Medical and sanitary report of the native army of Madras for the year
Year: 1872
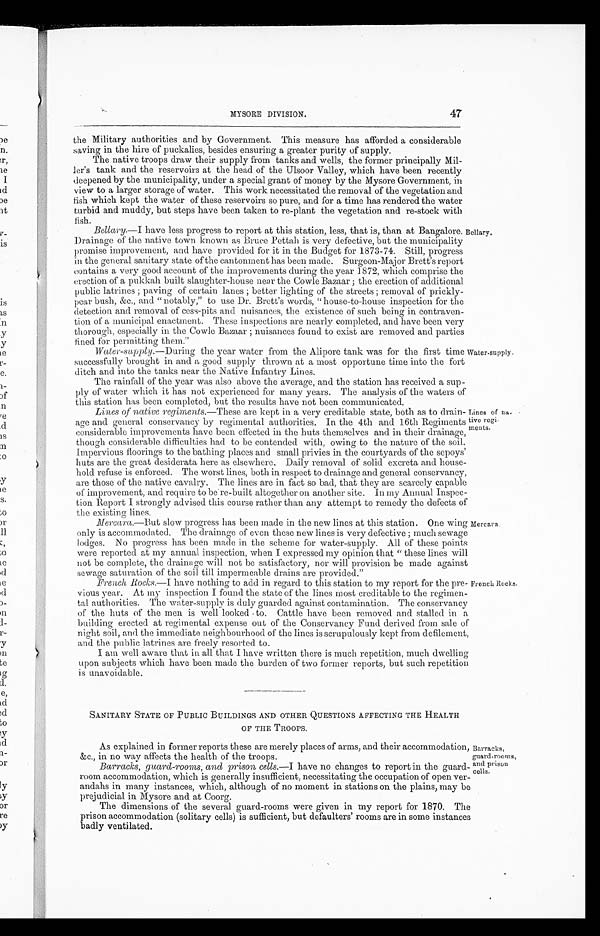
47
MYSORE DIVISION.
the Military authorities and by Government. This measure has afforded a considerable
saving in the hire of puckalies, besides ensuring a greater purity of supply.
The native troops draw their supply from tanks and wells, the former principally Mil
-ler's tank and the reservoirs at the head of the Ulsoor Valley, which have been recently
deepened by the municipality, under a special grant of money by the Mysore Government, in
view to a larger storage of water. This work necessitated the removal of the vegetation and
fish which kept the water of these reservoirs so pure, and for a time has rendered the water
turbid and muddy, but steps have been taken to re-plant the vegetation and re-stock with
fish.
Bellary.—I
have less progress to report at this station, less, that is, than at Bangalore.
Drainage of the native town known as Bruce Pettah is very defective, but the municipality
promise improvement, and have provided for it in the Budget for 1873-74. Still, progress
in the general sanitary state of the cantonment has been made. Surgeon-Major Brett's report
contains a very good account of the improvements during the year 1872, which comprise the
erection of a pukkah built slaughter-house near the Cowle Bazaar; the erection of additional
public latrines; paving of certain lanes; better lighting of the streets; removal of prickly
-pear bush, &c., and " notably," to use Dr. Brett's words, " house-to-house inspection for the
detection and removal of cess-pits and nuisances, the existence of such being in contraven
-tion of a municipal enactment. These inspections are nearly completed, and have been very
thorough, especially in the Cowle Bazaar; nuisances found to exist are removed and parties
f i n e d f o r p e r m i t t i n g t h e m . "
Bellary.
Water-supply.— During the year water from the Alipore tank was for the first time
successfully brought in and a good supply thrown at a most opportune time into the fort
ditch and into the tanks near the Native Infantry Lines.
The rainfall of the year was also above the average, and the station has received a sup
-ply of water which it has not experienced for many years. The analysis of the waters of
this station has been completed, but the results have not been communicated.
Water-supply.
Lines of n ative regiments.— These are kept in a very creditable state, both as to drain
-age and general conservancy by regimental authorities. In the 4th and 16th Regiments
considerable improvements have been effected in the huts themselves and in their drainage,
though considerable difficulties had to be contended with, owing to the nature of the soil.
Impervious floorings to the bathing places and small privies in the courtyards of the sepoys'
huts are the great desiderata here as elsewhere. Daily removal of solid excreta and house
-hold refuse is enforced. The worst lines, both in respect to drainage and general conservancy,
are those of the native cavalry. The lines are in fact so bad, that they are scarcely capable
of improvement, and require to be re-built altogether on another site. In my Annual Inspec--
tion Report I strongly advised this course rather than any attempt to remedy the defects of
the existing lines.
Mercara. —But slow progress has been made in the new lines at this station. One wing
only is accommodated. The drainage of even these new lines is very defective; much sewage
lodges. No progress has been made in the scheme for water-supply. All of these points
were reported at my annual inspection, when I expressed my opinion that " these lines will
not be complete, the drainage will not be satisfactory, nor will provision be made against
sewage saturation of the soil. till impermeable drains are provided."
Lines of
na-tive regi
-ments.
Mercara.
French Rocks.— I have nothing to add in regard to this station to my report for the pre
-vious year. At my inspection I found the state of the lines most creditable to the regimen--
tal authorities. The water-supply is duly guarded against contamination. The conservancy
of the huts of the men is well looked to. Cattle have been removed and stalled in a
building erected at regimental expense out of the Conservancy Fund derived from sale of
night soil, and the immediate neighbourhood of the lines is scrupulously kept from defilement,
and the public latrines
are freely resorted to.
I am well aware that in that I have written there is much repetition, much dwelling
upon subjects which have been made the burden of two former reports, but such repetition.
is unavoidable.
French Rocks.
SANITARY STATE OF PUBLIC BUILDINGS AND OTHER QUESTIONS AFFECTING THE HEALTH
OF THE TROOPS.
As explained in former reports these are merely places of arms, and their accommodation,
&c., in no way affects the health of the troops.
Barracks, guard-rooms, and prison cells.— I have no changes to report in the guard
-room accommodation, which is generally insufficient, necessitating the occupation of open ver
-andahs in many instances, which, although of no moment in stations on the plains, may be
prejudicial in Mysore and at Coorg.
The dimensions of the several guard-rooms were given in my report for 1870. The
prison accommodation (solitary cells) is sufficient, but defaulters' rooms are in some instances
badly ventilated.
Barracks,
guard-rooms,
and prison
cells.